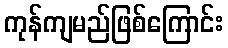
ကုန်ကျမည်ဖြစ်ကြောင်း